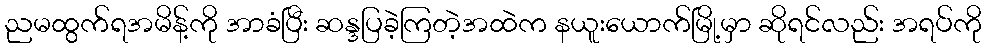
ညမထွက်ရအမိန့်ကို အာခံပြီး ဆန္ဒပြခဲ့ကြတဲ့အထဲက နယူးယောက်မြို့မှာ ဆိုရင်လည်း အရပ်ကို